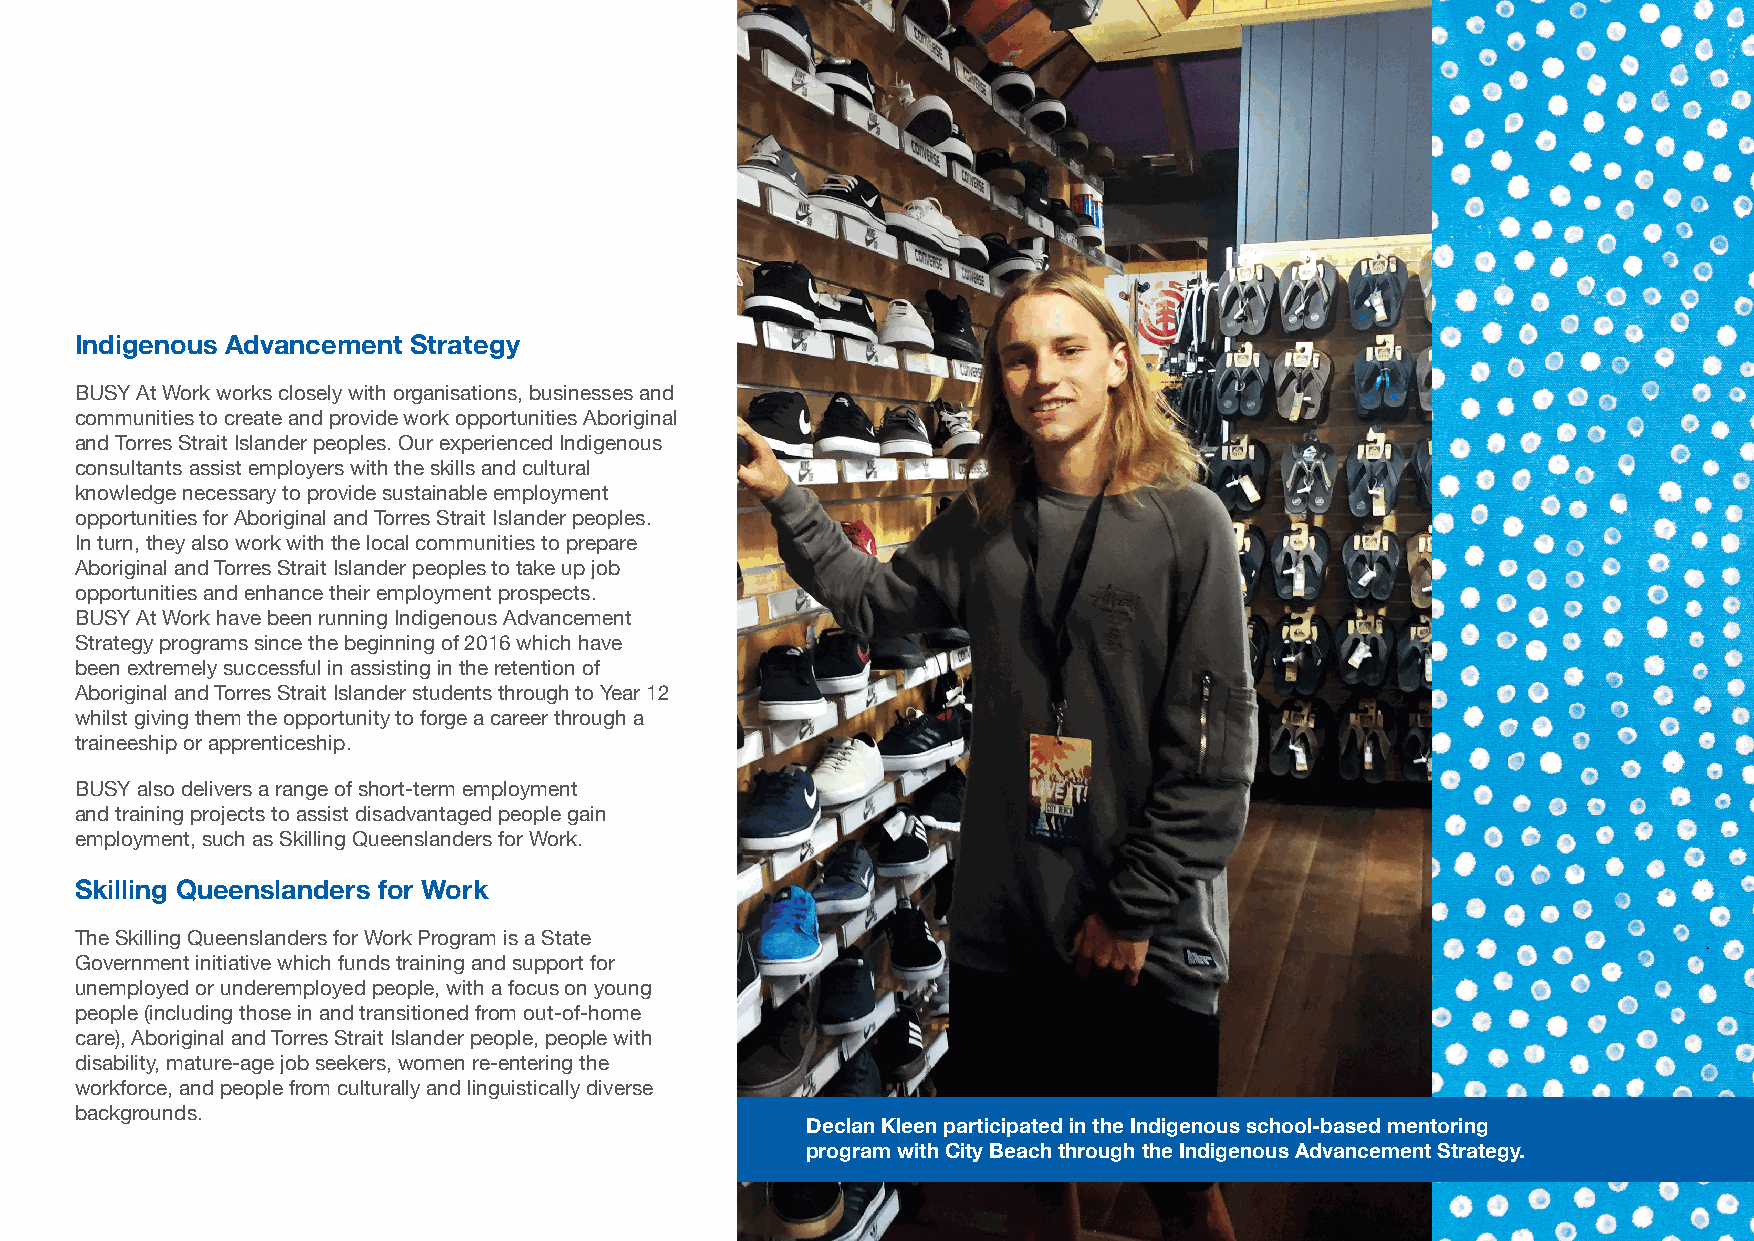
Indigenous Advancement Strategy
 BUSY At Work works closely with organisations, businesses and
 communities to create and provide work opportunities Aboriginal
 and Torres Strait Islander peoples. Our experienced Indigenous
 consultants assist employers with the skills and cultural
 knowledge necessary to provide sustainable employment
 opportunities for Aboriginal and Torres Strait Islander peoples.
 In turn, they also work with the local communities to prepare
 Aboriginal and Torres Strait Islander peoples to take up job
 opportunities and enhance their employment prospects.
 BUSY At Work have been running Indigenous Advancement
 Strategy programs since the beginning of 2016 which have
 been extremely successful in assisting in the retention of
 Aboriginal and Torres Strait Islander students through to Year 12
 whilst giving them the opportunity to forge a career through a
 traineeship or apprenticeship.
 BUSY also delivers a range of short-term employment
 and training projects to assist disadvantaged people gain
 employment, such as Skilling Queenslanders for Work.
 Skilling Queenslanders for Work
 The Skilling Queenslanders for Work Program is a State
 Government initiative which funds training and support for
 unemployed or underemployed people, with a focus on young
 people (including those in and transitioned from out-of-home
 care), Aboriginal and Torres Strait Islander people, people with
 disability, mature-age job seekers, women re-entering the
 workforce, and people from culturally and linguistically diverse
 backgrounds.
 Declan Kleen participated in the Indigenous school-based mentoring
 program with City Beach through the Indigenous Advancement Strategy.